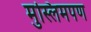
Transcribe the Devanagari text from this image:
मुस्लिमपण